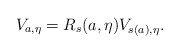
\begin{align*}V_{a,\eta }=R_s(a,\eta )V_{s(a),\eta }. \end{align*}